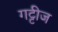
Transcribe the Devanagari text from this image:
गट्टीज